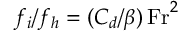
f _ { i } / f _ { h } = ( C _ { d } / \beta ) \, \mathrm { F r } ^ { 2 }